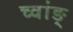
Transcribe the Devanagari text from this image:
च्वांङ्